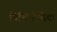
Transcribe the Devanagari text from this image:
निशिनोमिया